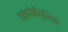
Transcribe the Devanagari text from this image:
हाइपोकैप्निया